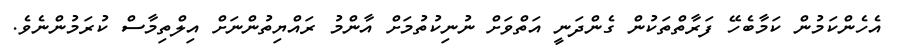
އެހެންކަމުން ކަމާބެހޭ ފަރާތްތަކުން ގެންދަނީ އަތްވަށް ނުނިކުތުމަށް އާންމު ރައްޔިތުންނަށް އިލްތިމާސް ކުރަމުންނެވެ.